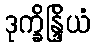
ဒုက္ခိန္ဒြိယံ